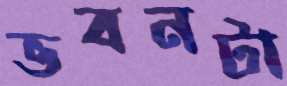
ভবনটা